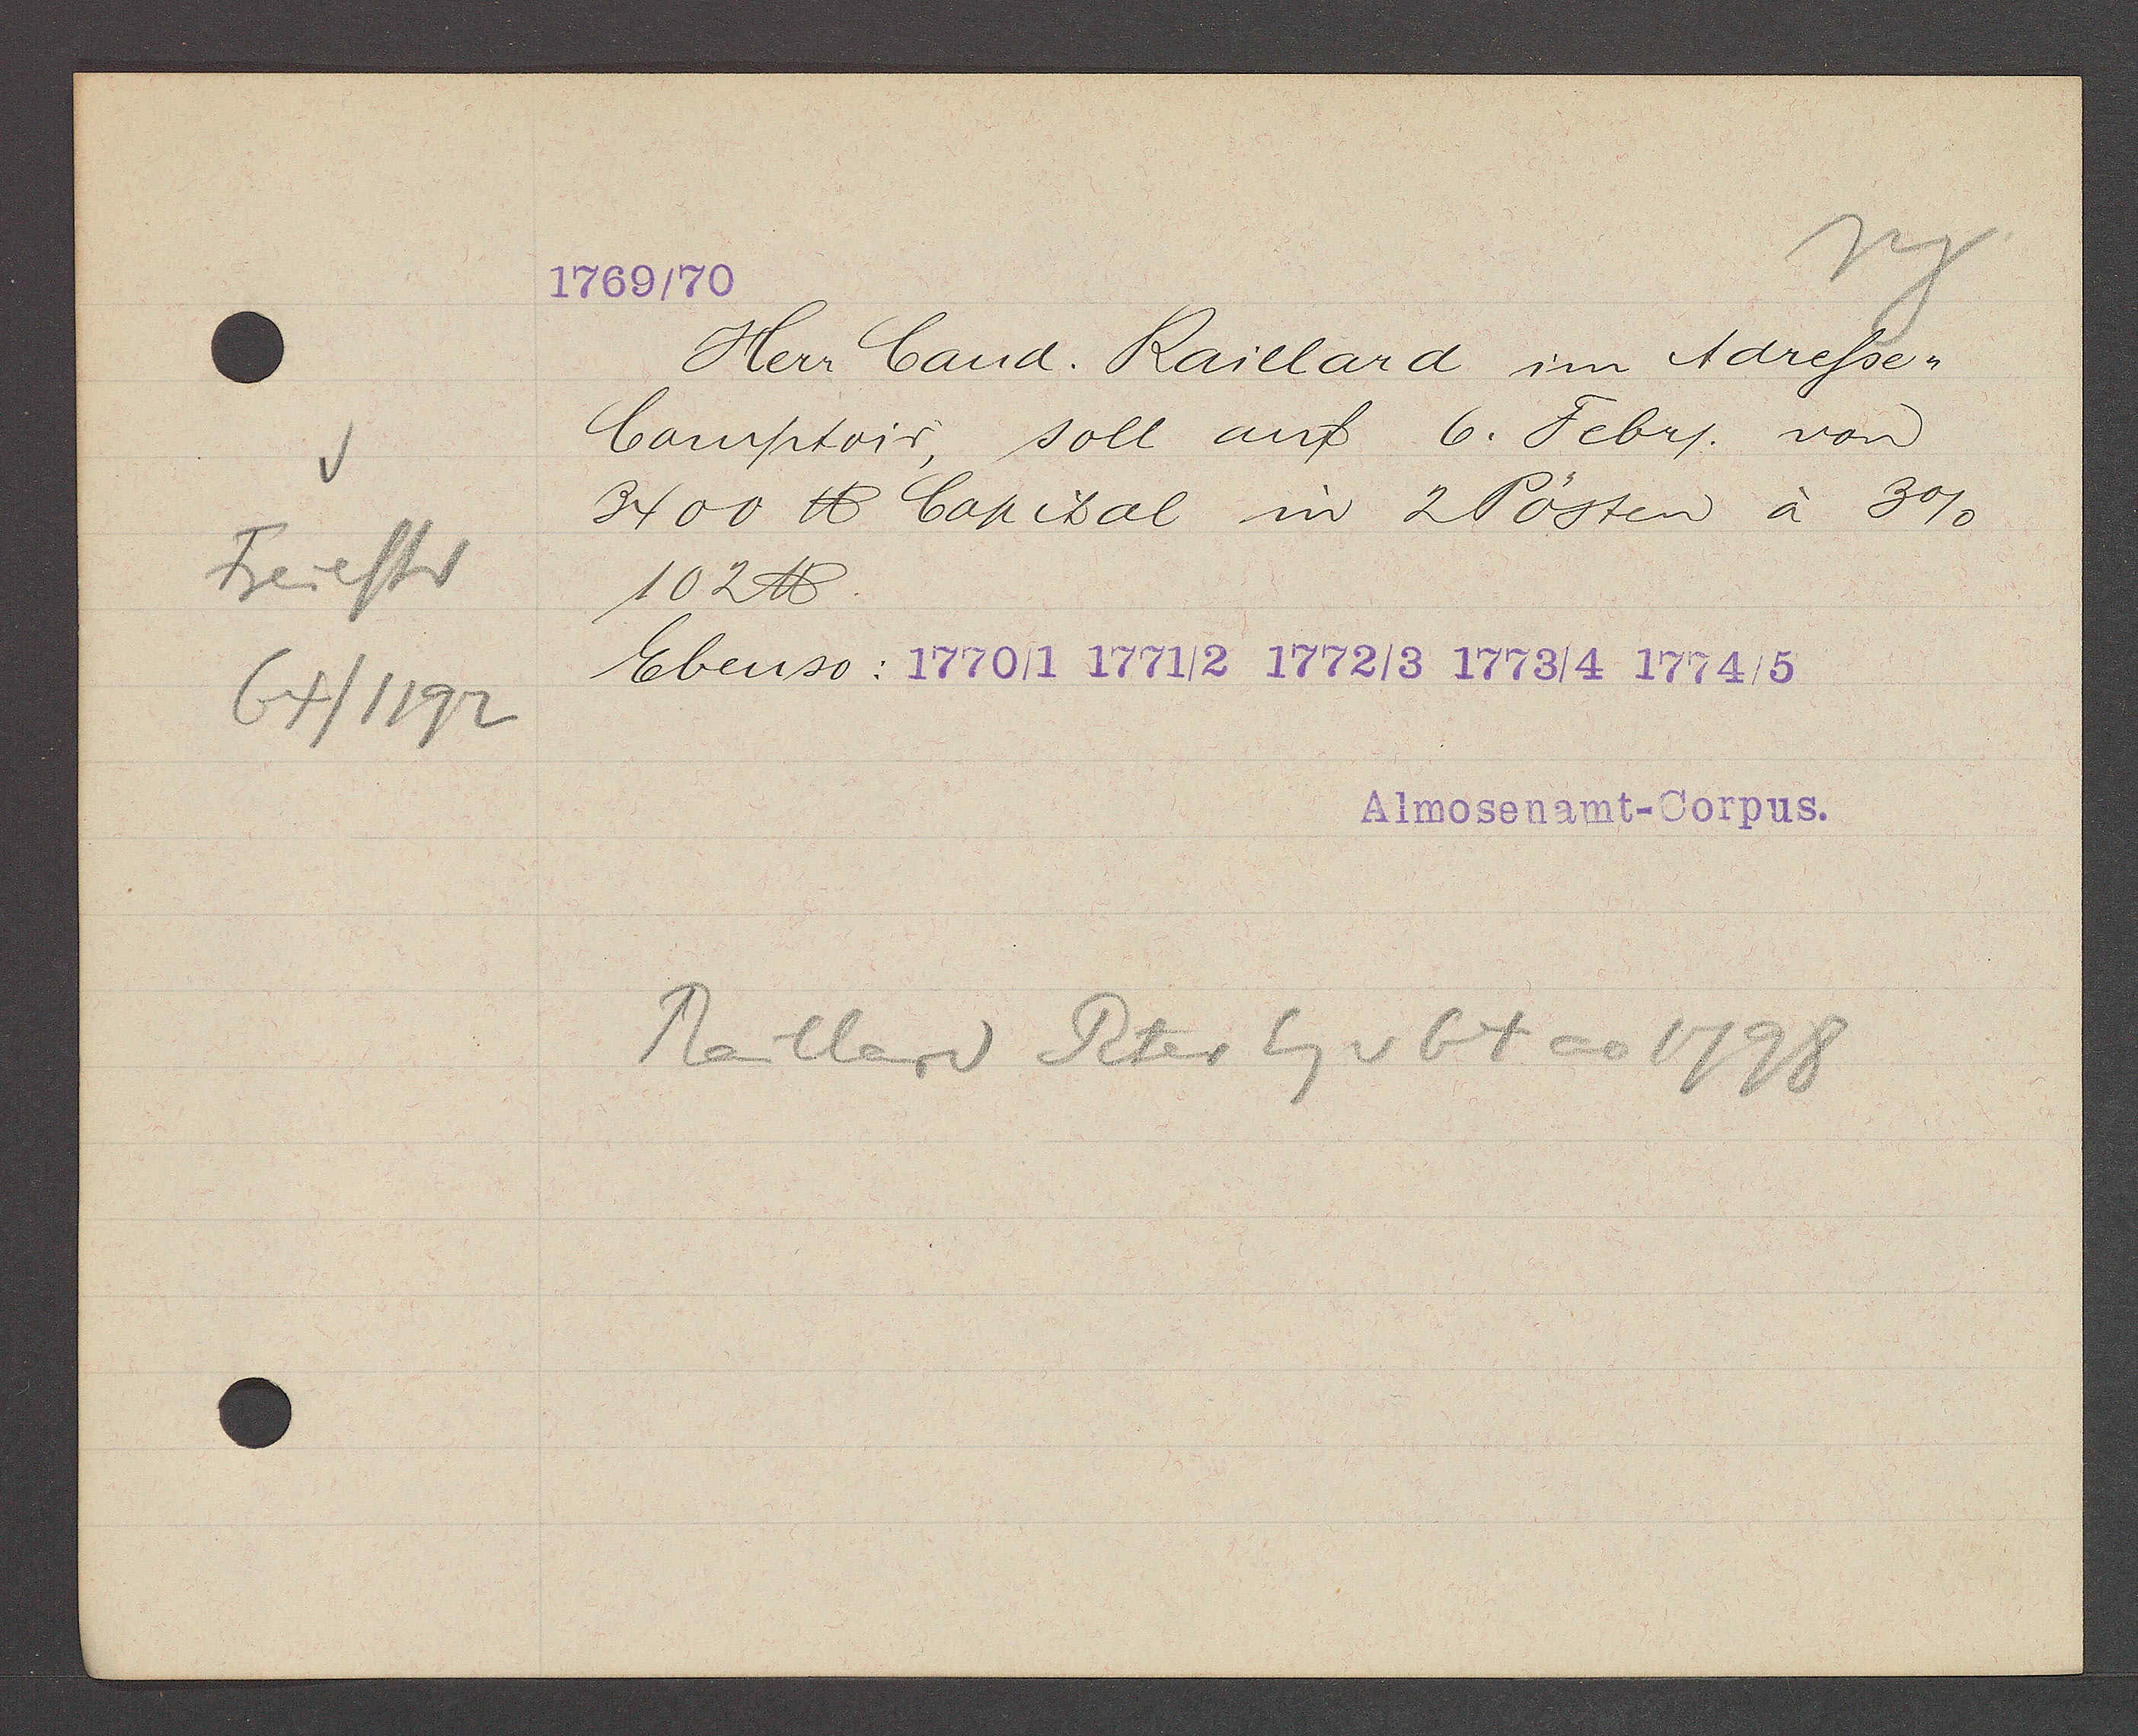
Transcript:
Freiestr
64/1192

1769/70

Herr Cand. Raillard im Adresse¬
Camptoir, soll auf 6. Febr. von
3400 ℔ Capital in 2 Posten à 3%
102 ℔.
Ebenso: 1770/1 1771/2 1772/3 1773/4 1774/5

Almosenamt- Corpus.

Raillard Peter Eg v 64 ao 1798